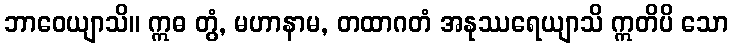
ဘာဝေယျာသိ။ ဣဓ တွံ, မဟာနာမ, တထာဂတံ အနုဿရေယျာသိ ဣတိပိ သော